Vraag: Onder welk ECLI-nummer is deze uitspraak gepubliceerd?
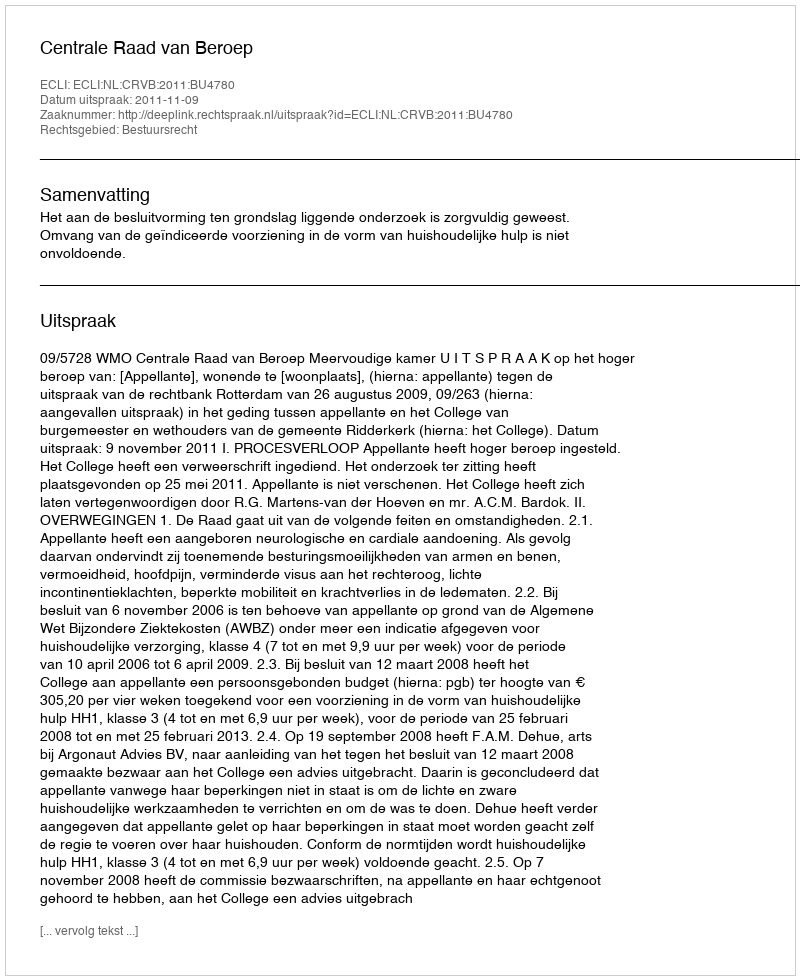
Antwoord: ECLI:NL:CRVB:2011:BU4780